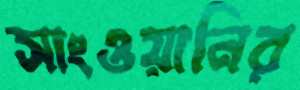
সাংওয়ানির